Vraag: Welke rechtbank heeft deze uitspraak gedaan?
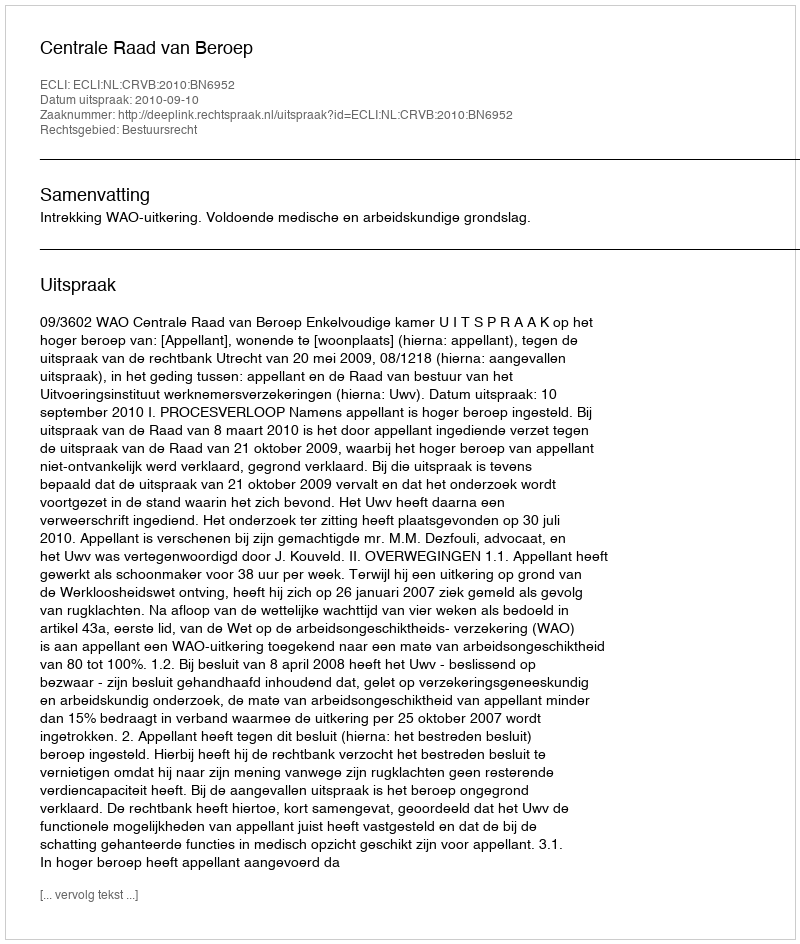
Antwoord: Centrale Raad van Beroep